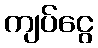
ကျပ်ငွေ